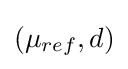
(\mu _{ref},d)